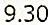
9.30